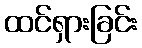
ထင်ရှားခြင်း